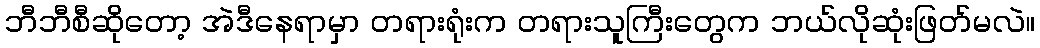
ဘီဘီစီဆိုတော့ အဲဒီနေရာမှာ တရားရုံးက တရားသူကြီးတွေက ဘယ်လိုဆုံးဖြတ်မလဲ။